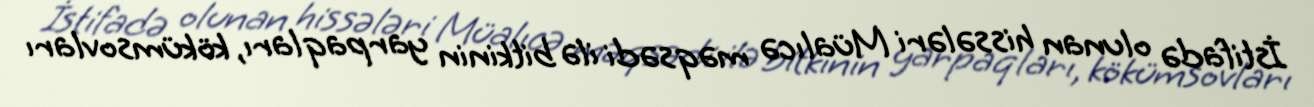
İstifadə olunan hissələri Müalıcə məqsədi ilə bitkinin yarpaqları, kökümsovları